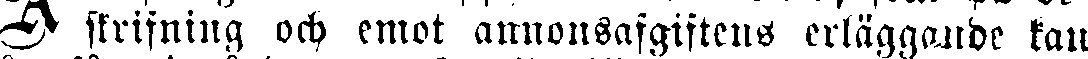
skrifning och emot annonsafgiftens erläggande kan